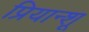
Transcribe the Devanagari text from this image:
प्रियान्शू